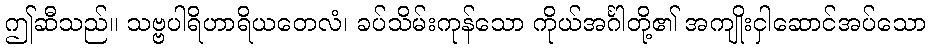
ဤဆီသည်။ သဗ္ဗပါရိဟာရိယတေလံ၊ ခပ်သိမ်းကုန်သော ကိုယ်အင်္ဂါတို့၏ အကျိုးငှါဆောင်အပ်သော